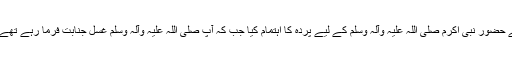
''حضرت میمونہ رضی اﷲ عنہا بیان کرتی ہیں کہ میں نے حضور نبی اکرم صلی اللہ علیہ وآلہ وسلم کے لیے پردہ کا اہتمام کیا جب کہ آپ صلی اللہ علیہ وآلہ وسلم غسل جنابت فرما رہے تھے، آپ صلی اللہ علیہ وآلہ وسلم نے اپنے دونوں ہاتھ دھوئے۔